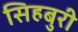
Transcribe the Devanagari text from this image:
सिहबुरी